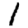
Digit: 1